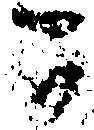
可